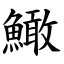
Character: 䲎